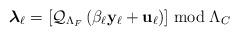
LaTeX: \begin{align*}\boldsymbol{\lambda}_\ell = \left[ \mathcal{Q}_{\Lambda_F} \left( \beta_\ell \mathbf{y}_\ell + \mathbf{u}_\ell\right) \right] \bmod \Lambda_C\end{align*}